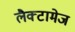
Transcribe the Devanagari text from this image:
लैक्टामेज